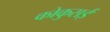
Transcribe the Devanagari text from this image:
कोकुसई